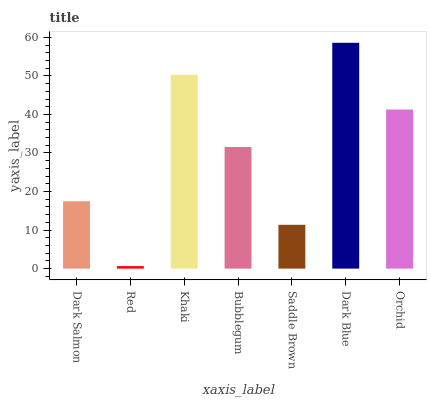
| xaxis_label | bars |
 | --- | --- |
 | Dark Salmon | 17.5 |
 | Red | 0.649 |
 | Khaki | 50.3 |
 | Bubblegum | 31.6 |
 | Saddle Brown | 11.4 |
 | Dark Blue | 58.6 |
 | Orchid | 41.3 |